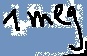
Text: 1meg